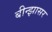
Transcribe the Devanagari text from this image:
बीन्झासर